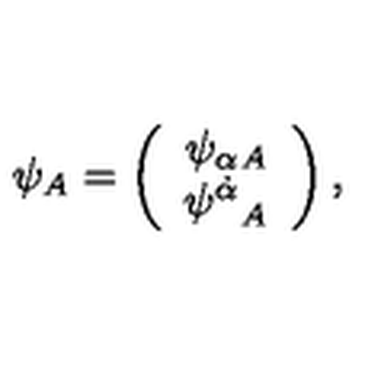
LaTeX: \psi _ { A } = \left( \begin{array} { c } { { \psi _ { \alpha } } { } _ { A } } \\ { { \psi ^ { \dot { \alpha } } } _ { A } } \\ \end{array} \right) ,